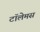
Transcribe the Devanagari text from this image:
टॉलेमस